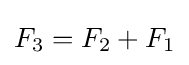
F_{3}=F_{2}+F_{1}